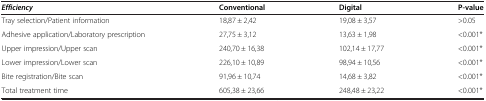
<table><thead><tr><td><b><i>Efficiency</i></b></td><td><b>Conventional</b></td><td><b>Digital</b></td><td><b>P-value</b></td></tr></thead><tbody><tr><td>Tray selection/Patient information</td><td>18,87 ± 2,42</td><td>19,08 ± 3,57</td><td>&gt;0.05</td></tr><tr><td>Adhesive application/Laboratory prescription</td><td>27,75 ± 3,12</td><td>13,63 ± 1,98</td><td>&lt;0.001*</td></tr><tr><td>Upper impression/Upper scan</td><td>240,70 ± 16,38</td><td>102,14 ± 17,77</td><td>&lt;0.001*</td></tr><tr><td>Lower impression/Lower scan</td><td>226,10 ± 10,89</td><td>98,94 ± 10,56</td><td>&lt;0.001*</td></tr><tr><td>Bite registration/Bite scan</td><td>91,96 ± 10,74</td><td>14,68 ± 3,82</td><td>&lt;0.001*</td></tr><tr><td>Total treatment time</td><td>605,38 ± 23,66</td><td>248,48 ± 23,22</td><td>&lt;0.001*</td></tr></tbody></table>